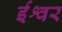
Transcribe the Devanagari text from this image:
र्इश्वर